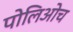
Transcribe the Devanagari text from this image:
पोलिओच